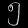
Digit: ၅